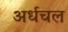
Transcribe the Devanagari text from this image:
अर्धचल